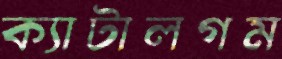
ক্যাটালগম